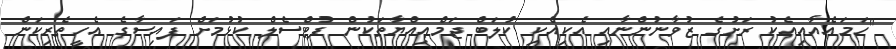
"ހަމައެއާއިއެކު ރަށުގެ ޒުވާނުންނާއި އެކިއެކި ކުލަބް ޖަމްޢިއްޔާތަކުން ފުޓްސެލް ކުޅުމަށް ފައިސާގެ އެހީތެރިކަން